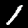
Label: 1